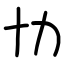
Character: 㔹